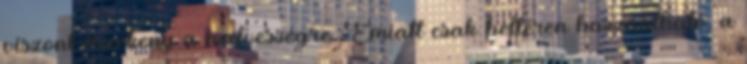
viszont érzékeny a nedvességre. Emiatt csak beltéren használható, a